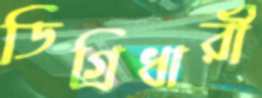
ডিগ্রিধারী